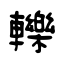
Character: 轢